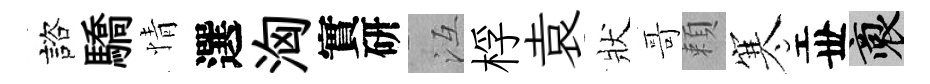
諮驕情選洶實研冱桴袁狀哥頼寒丗裔